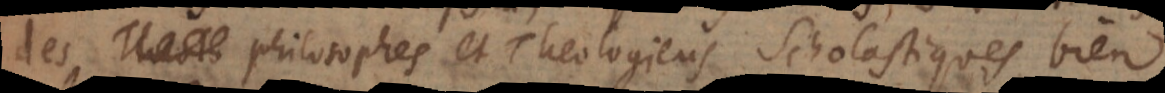
des Philosophes et Theologiens Scholastiques bien